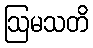
ဩမသတိ